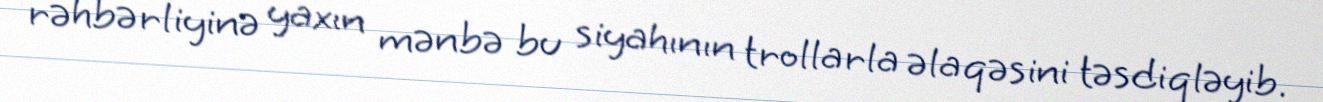
rəhbərliyinə yaxın mənbə bu siyahının trollarla əlaqəsini təsdiqləyib.